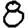
Digit: 8